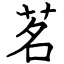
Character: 茗